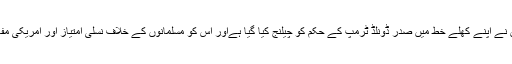
امریکا کے سابق سفارتکاروں نے اپنے کھلے خط میں صدر ڈونلڈ ٹرمپ کے حکم کو چیلنج کیا گیا ہےاور اس کو مسلمانوں کے خلاف نسلی امتیاز اور امریکی مفاد کے خلاف قرار دیا گیا ہے۔